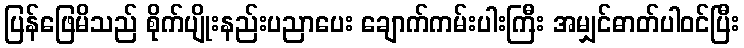
ပြန်ဖြေမိသည် စိုက်ပျိုးနည်းပညာပေး ချောက်ကမ်းပါးကြီး အမျှင်ဓာတ်ပါဝင်ပြီး